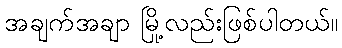
အချက်အချာ မြို့လည်းဖြစ်ပါတယ်။